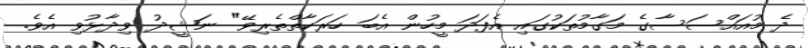
ދެ މުއައްސަސާގެ މަގާމުތަކުގައި އެފަދަ މީހުން އެބަ ހަރަކާތްތެރިވޭ" ނަޝީދު ވިދާޅުވި އެވެ.